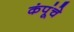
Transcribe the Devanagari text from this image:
कंपूंचे